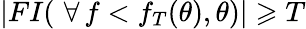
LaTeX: |FI(\, \, \forall\, f<f_{T}(\theta),\theta)|\geqslant T